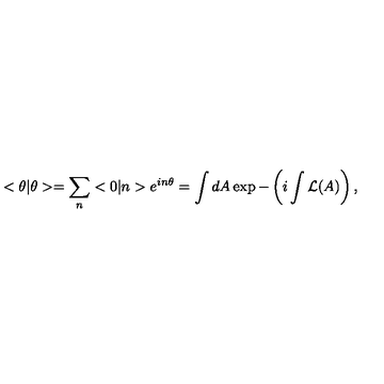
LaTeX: < \theta | \theta > = \sum _ { n } < 0 | n > e ^ { i n \theta } = \int d A \exp - \left( i \int { \cal L } ( A ) \right) ,